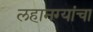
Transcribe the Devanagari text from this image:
लहानग्यांचा